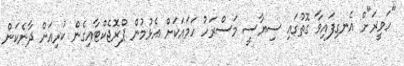
"ހަވީރަ"ށް އެނގިފައިވާ ގޮތުގައި ސިޔާސީ މަސްރަހު ހަމައަކަށް އެޅުމުން ޕްރޮޖެކްޓާއިގެން ކުރިއަށް ދާނެކަން